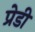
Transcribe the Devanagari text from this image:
प्रेडी